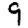
Digit: 9